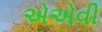
એએવી